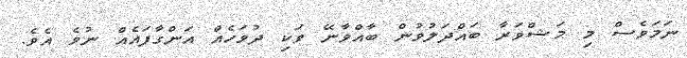
ނަމަވެސް މި މަޝްވަރާ ބައްދަލުވުން ބާއްވާނޭ ވަކި ދުވަހެއް އަންގާފައެއް ނުވެ އެވެ.